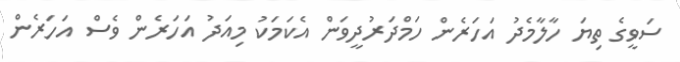
ސަވީގެ ތިޔަ ހާލާމެދު އަހަރެން ހަމްދަރުދީވަން އެކަމަކު މިއަދު އަހަރެން ވެސް އަހަރެން